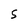
Character: S